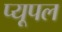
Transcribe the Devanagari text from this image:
प्यूपल